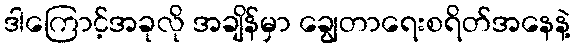
ဒါကြောင့်အခုလို အချိန်မှာ ချွေတာရေးစရိတ်အနေနဲ့